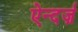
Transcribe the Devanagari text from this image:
ऐन्दर्ज़